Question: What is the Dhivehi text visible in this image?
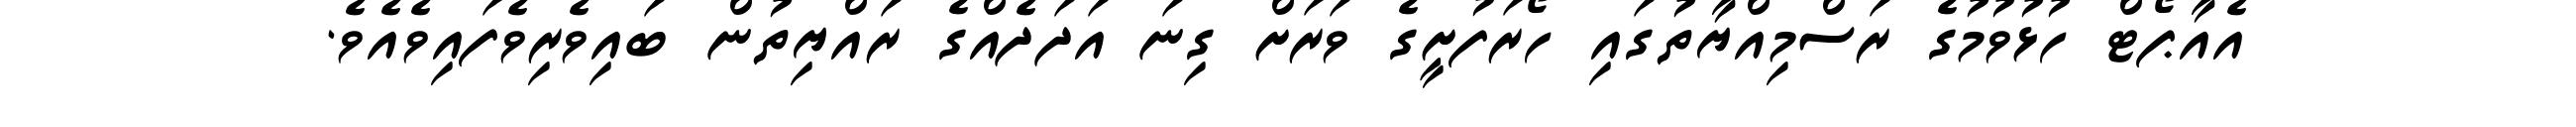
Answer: އެއާޕޯޓް ހުޅުވުމުގެ ރަސްމިއްޔާތުގައި ހޯރަފުށީގެ ވަރަށް ގިނަ އަދަދެއްގެ ރައްޔިތުން ބައިވެރިވެފައިވެއެވެ.